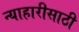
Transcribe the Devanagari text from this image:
न्याहारीसाठी